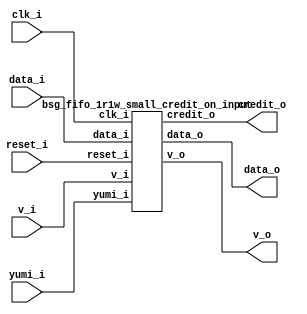


module top
(
  clk_i,
  reset_i,
  data_i,
  v_i,
  credit_o,
  v_o,
  data_o,
  yumi_i
);

  input [15:0] data_i;
  output [15:0] data_o;
  input clk_i;
  input reset_i;
  input v_i;
  input yumi_i;
  output credit_o;
  output v_o;

  bsg_fifo_1r1w_small_credit_on_input
  wrapper
  (
    .data_i(data_i),
    .data_o(data_o),
    .clk_i(clk_i),
    .reset_i(reset_i),
    .v_i(v_i),
    .yumi_i(yumi_i),
    .credit_o(credit_o),
    .v_o(v_o)
  );


endmodule



module bsg_circular_ptr_slots_p5_max_add_p1
(
  clk,
  reset_i,
  add_i,
  o,
  n_o
);

  input [0:0] add_i;
  output [2:0] o;
  output [2:0] n_o;
  input clk;
  input reset_i;
  wire [2:0] o,n_o,ptr_nowrap;
  wire N0,N1,N2,N3,N4,N5,N6;
  wire [3:0] ptr_wrap;
  reg o_2_sv2v_reg,o_1_sv2v_reg,o_0_sv2v_reg;
  assign o[2] = o_2_sv2v_reg;
  assign o[1] = o_1_sv2v_reg;
  assign o[0] = o_0_sv2v_reg;
  assign ptr_nowrap = o + add_i[0];
  assign { N5, N4, N3, N2 } = o - { 1'b1, 1'b0, 1'b1 };
  assign ptr_wrap = { N5, N4, N3, N2 } + add_i[0];
  assign n_o = (N0)? ptr_wrap[2:0] : 
               (N1)? ptr_nowrap : 1'b0;
  assign N0 = N6;
  assign N1 = ptr_wrap[3];
  assign N6 = ~ptr_wrap[3];

  always @(posedge clk) begin
    if(reset_i) begin
      o_2_sv2v_reg <= 1'b0;
      o_1_sv2v_reg <= 1'b0;
      o_0_sv2v_reg <= 1'b0;
    end else if(1'b1) begin
      o_2_sv2v_reg <= n_o[2];
      o_1_sv2v_reg <= n_o[1];
      o_0_sv2v_reg <= n_o[0];
    end 
  end


endmodule



module bsg_fifo_tracker_els_p5
(
  clk_i,
  reset_i,
  enq_i,
  deq_i,
  wptr_r_o,
  rptr_r_o,
  rptr_n_o,
  full_o,
  empty_o
);

  output [2:0] wptr_r_o;
  output [2:0] rptr_r_o;
  output [2:0] rptr_n_o;
  input clk_i;
  input reset_i;
  input enq_i;
  input deq_i;
  output full_o;
  output empty_o;
  wire [2:0] wptr_r_o,rptr_r_o,rptr_n_o;
  wire full_o,empty_o,enq_r,deq_r,N0,equal_ptrs,sv2v_dc_1,sv2v_dc_2,sv2v_dc_3;
  reg deq_r_sv2v_reg,enq_r_sv2v_reg;
  assign deq_r = deq_r_sv2v_reg;
  assign enq_r = enq_r_sv2v_reg;

  bsg_circular_ptr_slots_p5_max_add_p1
  rptr
  (
    .clk(clk_i),
    .reset_i(reset_i),
    .add_i(deq_i),
    .o(rptr_r_o),
    .n_o(rptr_n_o)
  );


  bsg_circular_ptr_slots_p5_max_add_p1
  wptr
  (
    .clk(clk_i),
    .reset_i(reset_i),
    .add_i(enq_i),
    .o(wptr_r_o),
    .n_o({ sv2v_dc_1, sv2v_dc_2, sv2v_dc_3 })
  );

  assign equal_ptrs = rptr_r_o == wptr_r_o;
  assign N0 = enq_i | deq_i;
  assign empty_o = equal_ptrs & deq_r;
  assign full_o = equal_ptrs & enq_r;

  always @(posedge clk_i) begin
    if(reset_i) begin
      deq_r_sv2v_reg <= 1'b1;
      enq_r_sv2v_reg <= 1'b0;
    end else if(N0) begin
      deq_r_sv2v_reg <= deq_i;
      enq_r_sv2v_reg <= enq_i;
    end 
  end


endmodule



module bsg_mem_1r1w_synth_width_p16_els_p5_read_write_same_addr_p0
(
  w_clk_i,
  w_reset_i,
  w_v_i,
  w_addr_i,
  w_data_i,
  r_v_i,
  r_addr_i,
  r_data_o
);

  input [2:0] w_addr_i;
  input [15:0] w_data_i;
  input [2:0] r_addr_i;
  output [15:0] r_data_o;
  input w_clk_i;
  input w_reset_i;
  input w_v_i;
  input r_v_i;
  wire [15:0] r_data_o;
  wire N0,N1,N2,N3,N4,N5,N6,N7,N8,N9,N10,N11,N12,N13,N14,N15,N16,N17,N18,N19,N20,N21,
  N22,N23,N24,N25,N26,N27,N28,N29,N30,N31,N32,N33,N34,N35,N36,N37,N38;
  wire [79:0] \nz.mem ;
  reg \nz.mem_79_sv2v_reg ,\nz.mem_78_sv2v_reg ,\nz.mem_77_sv2v_reg ,
  \nz.mem_76_sv2v_reg ,\nz.mem_75_sv2v_reg ,\nz.mem_74_sv2v_reg ,\nz.mem_73_sv2v_reg ,
  \nz.mem_72_sv2v_reg ,\nz.mem_71_sv2v_reg ,\nz.mem_70_sv2v_reg ,\nz.mem_69_sv2v_reg ,
  \nz.mem_68_sv2v_reg ,\nz.mem_67_sv2v_reg ,\nz.mem_66_sv2v_reg ,\nz.mem_65_sv2v_reg ,
  \nz.mem_64_sv2v_reg ,\nz.mem_63_sv2v_reg ,\nz.mem_62_sv2v_reg ,\nz.mem_61_sv2v_reg ,
  \nz.mem_60_sv2v_reg ,\nz.mem_59_sv2v_reg ,\nz.mem_58_sv2v_reg ,
  \nz.mem_57_sv2v_reg ,\nz.mem_56_sv2v_reg ,\nz.mem_55_sv2v_reg ,\nz.mem_54_sv2v_reg ,
  \nz.mem_53_sv2v_reg ,\nz.mem_52_sv2v_reg ,\nz.mem_51_sv2v_reg ,\nz.mem_50_sv2v_reg ,
  \nz.mem_49_sv2v_reg ,\nz.mem_48_sv2v_reg ,\nz.mem_47_sv2v_reg ,\nz.mem_46_sv2v_reg ,
  \nz.mem_45_sv2v_reg ,\nz.mem_44_sv2v_reg ,\nz.mem_43_sv2v_reg ,\nz.mem_42_sv2v_reg ,
  \nz.mem_41_sv2v_reg ,\nz.mem_40_sv2v_reg ,\nz.mem_39_sv2v_reg ,
  \nz.mem_38_sv2v_reg ,\nz.mem_37_sv2v_reg ,\nz.mem_36_sv2v_reg ,\nz.mem_35_sv2v_reg ,
  \nz.mem_34_sv2v_reg ,\nz.mem_33_sv2v_reg ,\nz.mem_32_sv2v_reg ,\nz.mem_31_sv2v_reg ,
  \nz.mem_30_sv2v_reg ,\nz.mem_29_sv2v_reg ,\nz.mem_28_sv2v_reg ,\nz.mem_27_sv2v_reg ,
  \nz.mem_26_sv2v_reg ,\nz.mem_25_sv2v_reg ,\nz.mem_24_sv2v_reg ,\nz.mem_23_sv2v_reg ,
  \nz.mem_22_sv2v_reg ,\nz.mem_21_sv2v_reg ,\nz.mem_20_sv2v_reg ,
  \nz.mem_19_sv2v_reg ,\nz.mem_18_sv2v_reg ,\nz.mem_17_sv2v_reg ,\nz.mem_16_sv2v_reg ,
  \nz.mem_15_sv2v_reg ,\nz.mem_14_sv2v_reg ,\nz.mem_13_sv2v_reg ,\nz.mem_12_sv2v_reg ,
  \nz.mem_11_sv2v_reg ,\nz.mem_10_sv2v_reg ,\nz.mem_9_sv2v_reg ,\nz.mem_8_sv2v_reg ,
  \nz.mem_7_sv2v_reg ,\nz.mem_6_sv2v_reg ,\nz.mem_5_sv2v_reg ,\nz.mem_4_sv2v_reg ,
  \nz.mem_3_sv2v_reg ,\nz.mem_2_sv2v_reg ,\nz.mem_1_sv2v_reg ,\nz.mem_0_sv2v_reg ;
  assign \nz.mem [79] = \nz.mem_79_sv2v_reg ;
  assign \nz.mem [78] = \nz.mem_78_sv2v_reg ;
  assign \nz.mem [77] = \nz.mem_77_sv2v_reg ;
  assign \nz.mem [76] = \nz.mem_76_sv2v_reg ;
  assign \nz.mem [75] = \nz.mem_75_sv2v_reg ;
  assign \nz.mem [74] = \nz.mem_74_sv2v_reg ;
  assign \nz.mem [73] = \nz.mem_73_sv2v_reg ;
  assign \nz.mem [72] = \nz.mem_72_sv2v_reg ;
  assign \nz.mem [71] = \nz.mem_71_sv2v_reg ;
  assign \nz.mem [70] = \nz.mem_70_sv2v_reg ;
  assign \nz.mem [69] = \nz.mem_69_sv2v_reg ;
  assign \nz.mem [68] = \nz.mem_68_sv2v_reg ;
  assign \nz.mem [67] = \nz.mem_67_sv2v_reg ;
  assign \nz.mem [66] = \nz.mem_66_sv2v_reg ;
  assign \nz.mem [65] = \nz.mem_65_sv2v_reg ;
  assign \nz.mem [64] = \nz.mem_64_sv2v_reg ;
  assign \nz.mem [63] = \nz.mem_63_sv2v_reg ;
  assign \nz.mem [62] = \nz.mem_62_sv2v_reg ;
  assign \nz.mem [61] = \nz.mem_61_sv2v_reg ;
  assign \nz.mem [60] = \nz.mem_60_sv2v_reg ;
  assign \nz.mem [59] = \nz.mem_59_sv2v_reg ;
  assign \nz.mem [58] = \nz.mem_58_sv2v_reg ;
  assign \nz.mem [57] = \nz.mem_57_sv2v_reg ;
  assign \nz.mem [56] = \nz.mem_56_sv2v_reg ;
  assign \nz.mem [55] = \nz.mem_55_sv2v_reg ;
  assign \nz.mem [54] = \nz.mem_54_sv2v_reg ;
  assign \nz.mem [53] = \nz.mem_53_sv2v_reg ;
  assign \nz.mem [52] = \nz.mem_52_sv2v_reg ;
  assign \nz.mem [51] = \nz.mem_51_sv2v_reg ;
  assign \nz.mem [50] = \nz.mem_50_sv2v_reg ;
  assign \nz.mem [49] = \nz.mem_49_sv2v_reg ;
  assign \nz.mem [48] = \nz.mem_48_sv2v_reg ;
  assign \nz.mem [47] = \nz.mem_47_sv2v_reg ;
  assign \nz.mem [46] = \nz.mem_46_sv2v_reg ;
  assign \nz.mem [45] = \nz.mem_45_sv2v_reg ;
  assign \nz.mem [44] = \nz.mem_44_sv2v_reg ;
  assign \nz.mem [43] = \nz.mem_43_sv2v_reg ;
  assign \nz.mem [42] = \nz.mem_42_sv2v_reg ;
  assign \nz.mem [41] = \nz.mem_41_sv2v_reg ;
  assign \nz.mem [40] = \nz.mem_40_sv2v_reg ;
  assign \nz.mem [39] = \nz.mem_39_sv2v_reg ;
  assign \nz.mem [38] = \nz.mem_38_sv2v_reg ;
  assign \nz.mem [37] = \nz.mem_37_sv2v_reg ;
  assign \nz.mem [36] = \nz.mem_36_sv2v_reg ;
  assign \nz.mem [35] = \nz.mem_35_sv2v_reg ;
  assign \nz.mem [34] = \nz.mem_34_sv2v_reg ;
  assign \nz.mem [33] = \nz.mem_33_sv2v_reg ;
  assign \nz.mem [32] = \nz.mem_32_sv2v_reg ;
  assign \nz.mem [31] = \nz.mem_31_sv2v_reg ;
  assign \nz.mem [30] = \nz.mem_30_sv2v_reg ;
  assign \nz.mem [29] = \nz.mem_29_sv2v_reg ;
  assign \nz.mem [28] = \nz.mem_28_sv2v_reg ;
  assign \nz.mem [27] = \nz.mem_27_sv2v_reg ;
  assign \nz.mem [26] = \nz.mem_26_sv2v_reg ;
  assign \nz.mem [25] = \nz.mem_25_sv2v_reg ;
  assign \nz.mem [24] = \nz.mem_24_sv2v_reg ;
  assign \nz.mem [23] = \nz.mem_23_sv2v_reg ;
  assign \nz.mem [22] = \nz.mem_22_sv2v_reg ;
  assign \nz.mem [21] = \nz.mem_21_sv2v_reg ;
  assign \nz.mem [20] = \nz.mem_20_sv2v_reg ;
  assign \nz.mem [19] = \nz.mem_19_sv2v_reg ;
  assign \nz.mem [18] = \nz.mem_18_sv2v_reg ;
  assign \nz.mem [17] = \nz.mem_17_sv2v_reg ;
  assign \nz.mem [16] = \nz.mem_16_sv2v_reg ;
  assign \nz.mem [15] = \nz.mem_15_sv2v_reg ;
  assign \nz.mem [14] = \nz.mem_14_sv2v_reg ;
  assign \nz.mem [13] = \nz.mem_13_sv2v_reg ;
  assign \nz.mem [12] = \nz.mem_12_sv2v_reg ;
  assign \nz.mem [11] = \nz.mem_11_sv2v_reg ;
  assign \nz.mem [10] = \nz.mem_10_sv2v_reg ;
  assign \nz.mem [9] = \nz.mem_9_sv2v_reg ;
  assign \nz.mem [8] = \nz.mem_8_sv2v_reg ;
  assign \nz.mem [7] = \nz.mem_7_sv2v_reg ;
  assign \nz.mem [6] = \nz.mem_6_sv2v_reg ;
  assign \nz.mem [5] = \nz.mem_5_sv2v_reg ;
  assign \nz.mem [4] = \nz.mem_4_sv2v_reg ;
  assign \nz.mem [3] = \nz.mem_3_sv2v_reg ;
  assign \nz.mem [2] = \nz.mem_2_sv2v_reg ;
  assign \nz.mem [1] = \nz.mem_1_sv2v_reg ;
  assign \nz.mem [0] = \nz.mem_0_sv2v_reg ;
  assign N35 = N0 & N1;
  assign N0 = ~w_addr_i[0];
  assign N1 = ~w_addr_i[1];
  assign N29 = N35 & w_addr_i[2];
  assign N36 = w_addr_i[0] & w_addr_i[1];
  assign N28 = N36 & N2;
  assign N2 = ~w_addr_i[2];
  assign N37 = N3 & w_addr_i[1];
  assign N3 = ~w_addr_i[0];
  assign N27 = N37 & N4;
  assign N4 = ~w_addr_i[2];
  assign N38 = w_addr_i[0] & N5;
  assign N5 = ~w_addr_i[1];
  assign N26 = N38 & N6;
  assign N6 = ~w_addr_i[2];
  assign N25 = N35 & N7;
  assign N7 = ~w_addr_i[2];
  assign N20 = N8 & N9 & N10;
  assign N8 = ~r_addr_i[2];
  assign N9 = ~r_addr_i[0];
  assign N10 = ~r_addr_i[1];
  assign N21 = r_addr_i[0] & N11;
  assign N11 = ~r_addr_i[1];
  assign N22 = N12 & r_addr_i[1];
  assign N12 = ~r_addr_i[0];
  assign N23 = r_addr_i[0] & r_addr_i[1];
  assign { N34, N33, N32, N31, N30 } = (N13)? { N29, N28, N27, N26, N25 } : 
                                       (N14)? { 1'b0, 1'b0, 1'b0, 1'b0, 1'b0 } : 1'b0;
  assign N13 = w_v_i;
  assign N14 = N24;
  assign r_data_o[15] = (N15)? \nz.mem [15] : 
                        (N16)? \nz.mem [31] : 
                        (N17)? \nz.mem [47] : 
                        (N18)? \nz.mem [63] : 
                        (N19)? \nz.mem [79] : 1'b0;
  assign N15 = N20;
  assign N16 = N21;
  assign N17 = N22;
  assign N18 = N23;
  assign N19 = r_addr_i[2];
  assign r_data_o[14] = (N15)? \nz.mem [14] : 
                        (N16)? \nz.mem [30] : 
                        (N17)? \nz.mem [46] : 
                        (N18)? \nz.mem [62] : 
                        (N19)? \nz.mem [78] : 1'b0;
  assign r_data_o[13] = (N15)? \nz.mem [13] : 
                        (N16)? \nz.mem [29] : 
                        (N17)? \nz.mem [45] : 
                        (N18)? \nz.mem [61] : 
                        (N19)? \nz.mem [77] : 1'b0;
  assign r_data_o[12] = (N15)? \nz.mem [12] : 
                        (N16)? \nz.mem [28] : 
                        (N17)? \nz.mem [44] : 
                        (N18)? \nz.mem [60] : 
                        (N19)? \nz.mem [76] : 1'b0;
  assign r_data_o[11] = (N15)? \nz.mem [11] : 
                        (N16)? \nz.mem [27] : 
                        (N17)? \nz.mem [43] : 
                        (N18)? \nz.mem [59] : 
                        (N19)? \nz.mem [75] : 1'b0;
  assign r_data_o[10] = (N15)? \nz.mem [10] : 
                        (N16)? \nz.mem [26] : 
                        (N17)? \nz.mem [42] : 
                        (N18)? \nz.mem [58] : 
                        (N19)? \nz.mem [74] : 1'b0;
  assign r_data_o[9] = (N15)? \nz.mem [9] : 
                       (N16)? \nz.mem [25] : 
                       (N17)? \nz.mem [41] : 
                       (N18)? \nz.mem [57] : 
                       (N19)? \nz.mem [73] : 1'b0;
  assign r_data_o[8] = (N15)? \nz.mem [8] : 
                       (N16)? \nz.mem [24] : 
                       (N17)? \nz.mem [40] : 
                       (N18)? \nz.mem [56] : 
                       (N19)? \nz.mem [72] : 1'b0;
  assign r_data_o[7] = (N15)? \nz.mem [7] : 
                       (N16)? \nz.mem [23] : 
                       (N17)? \nz.mem [39] : 
                       (N18)? \nz.mem [55] : 
                       (N19)? \nz.mem [71] : 1'b0;
  assign r_data_o[6] = (N15)? \nz.mem [6] : 
                       (N16)? \nz.mem [22] : 
                       (N17)? \nz.mem [38] : 
                       (N18)? \nz.mem [54] : 
                       (N19)? \nz.mem [70] : 1'b0;
  assign r_data_o[5] = (N15)? \nz.mem [5] : 
                       (N16)? \nz.mem [21] : 
                       (N17)? \nz.mem [37] : 
                       (N18)? \nz.mem [53] : 
                       (N19)? \nz.mem [69] : 1'b0;
  assign r_data_o[4] = (N15)? \nz.mem [4] : 
                       (N16)? \nz.mem [20] : 
                       (N17)? \nz.mem [36] : 
                       (N18)? \nz.mem [52] : 
                       (N19)? \nz.mem [68] : 1'b0;
  assign r_data_o[3] = (N15)? \nz.mem [3] : 
                       (N16)? \nz.mem [19] : 
                       (N17)? \nz.mem [35] : 
                       (N18)? \nz.mem [51] : 
                       (N19)? \nz.mem [67] : 1'b0;
  assign r_data_o[2] = (N15)? \nz.mem [2] : 
                       (N16)? \nz.mem [18] : 
                       (N17)? \nz.mem [34] : 
                       (N18)? \nz.mem [50] : 
                       (N19)? \nz.mem [66] : 1'b0;
  assign r_data_o[1] = (N15)? \nz.mem [1] : 
                       (N16)? \nz.mem [17] : 
                       (N17)? \nz.mem [33] : 
                       (N18)? \nz.mem [49] : 
                       (N19)? \nz.mem [65] : 1'b0;
  assign r_data_o[0] = (N15)? \nz.mem [0] : 
                       (N16)? \nz.mem [16] : 
                       (N17)? \nz.mem [32] : 
                       (N18)? \nz.mem [48] : 
                       (N19)? \nz.mem [64] : 1'b0;
  assign N24 = ~w_v_i;

  always @(posedge w_clk_i) begin
    if(N34) begin
      \nz.mem_79_sv2v_reg  <= w_data_i[15];
      \nz.mem_78_sv2v_reg  <= w_data_i[14];
      \nz.mem_77_sv2v_reg  <= w_data_i[13];
      \nz.mem_76_sv2v_reg  <= w_data_i[12];
      \nz.mem_75_sv2v_reg  <= w_data_i[11];
      \nz.mem_74_sv2v_reg  <= w_data_i[10];
      \nz.mem_73_sv2v_reg  <= w_data_i[9];
      \nz.mem_72_sv2v_reg  <= w_data_i[8];
      \nz.mem_71_sv2v_reg  <= w_data_i[7];
      \nz.mem_70_sv2v_reg  <= w_data_i[6];
      \nz.mem_69_sv2v_reg  <= w_data_i[5];
      \nz.mem_68_sv2v_reg  <= w_data_i[4];
      \nz.mem_67_sv2v_reg  <= w_data_i[3];
      \nz.mem_66_sv2v_reg  <= w_data_i[2];
      \nz.mem_65_sv2v_reg  <= w_data_i[1];
      \nz.mem_64_sv2v_reg  <= w_data_i[0];
    end 
    if(N33) begin
      \nz.mem_63_sv2v_reg  <= w_data_i[15];
      \nz.mem_62_sv2v_reg  <= w_data_i[14];
      \nz.mem_61_sv2v_reg  <= w_data_i[13];
      \nz.mem_60_sv2v_reg  <= w_data_i[12];
      \nz.mem_59_sv2v_reg  <= w_data_i[11];
      \nz.mem_58_sv2v_reg  <= w_data_i[10];
      \nz.mem_57_sv2v_reg  <= w_data_i[9];
      \nz.mem_56_sv2v_reg  <= w_data_i[8];
      \nz.mem_55_sv2v_reg  <= w_data_i[7];
      \nz.mem_54_sv2v_reg  <= w_data_i[6];
      \nz.mem_53_sv2v_reg  <= w_data_i[5];
      \nz.mem_52_sv2v_reg  <= w_data_i[4];
      \nz.mem_51_sv2v_reg  <= w_data_i[3];
      \nz.mem_50_sv2v_reg  <= w_data_i[2];
      \nz.mem_49_sv2v_reg  <= w_data_i[1];
      \nz.mem_48_sv2v_reg  <= w_data_i[0];
    end 
    if(N32) begin
      \nz.mem_47_sv2v_reg  <= w_data_i[15];
      \nz.mem_46_sv2v_reg  <= w_data_i[14];
      \nz.mem_45_sv2v_reg  <= w_data_i[13];
      \nz.mem_44_sv2v_reg  <= w_data_i[12];
      \nz.mem_43_sv2v_reg  <= w_data_i[11];
      \nz.mem_42_sv2v_reg  <= w_data_i[10];
      \nz.mem_41_sv2v_reg  <= w_data_i[9];
      \nz.mem_40_sv2v_reg  <= w_data_i[8];
      \nz.mem_39_sv2v_reg  <= w_data_i[7];
      \nz.mem_38_sv2v_reg  <= w_data_i[6];
      \nz.mem_37_sv2v_reg  <= w_data_i[5];
      \nz.mem_36_sv2v_reg  <= w_data_i[4];
      \nz.mem_35_sv2v_reg  <= w_data_i[3];
      \nz.mem_34_sv2v_reg  <= w_data_i[2];
      \nz.mem_33_sv2v_reg  <= w_data_i[1];
      \nz.mem_32_sv2v_reg  <= w_data_i[0];
    end 
    if(N31) begin
      \nz.mem_31_sv2v_reg  <= w_data_i[15];
      \nz.mem_30_sv2v_reg  <= w_data_i[14];
      \nz.mem_29_sv2v_reg  <= w_data_i[13];
      \nz.mem_28_sv2v_reg  <= w_data_i[12];
      \nz.mem_27_sv2v_reg  <= w_data_i[11];
      \nz.mem_26_sv2v_reg  <= w_data_i[10];
      \nz.mem_25_sv2v_reg  <= w_data_i[9];
      \nz.mem_24_sv2v_reg  <= w_data_i[8];
      \nz.mem_23_sv2v_reg  <= w_data_i[7];
      \nz.mem_22_sv2v_reg  <= w_data_i[6];
      \nz.mem_21_sv2v_reg  <= w_data_i[5];
      \nz.mem_20_sv2v_reg  <= w_data_i[4];
      \nz.mem_19_sv2v_reg  <= w_data_i[3];
      \nz.mem_18_sv2v_reg  <= w_data_i[2];
      \nz.mem_17_sv2v_reg  <= w_data_i[1];
      \nz.mem_16_sv2v_reg  <= w_data_i[0];
    end 
    if(N30) begin
      \nz.mem_15_sv2v_reg  <= w_data_i[15];
      \nz.mem_14_sv2v_reg  <= w_data_i[14];
      \nz.mem_13_sv2v_reg  <= w_data_i[13];
      \nz.mem_12_sv2v_reg  <= w_data_i[12];
      \nz.mem_11_sv2v_reg  <= w_data_i[11];
      \nz.mem_10_sv2v_reg  <= w_data_i[10];
      \nz.mem_9_sv2v_reg  <= w_data_i[9];
      \nz.mem_8_sv2v_reg  <= w_data_i[8];
      \nz.mem_7_sv2v_reg  <= w_data_i[7];
      \nz.mem_6_sv2v_reg  <= w_data_i[6];
      \nz.mem_5_sv2v_reg  <= w_data_i[5];
      \nz.mem_4_sv2v_reg  <= w_data_i[4];
      \nz.mem_3_sv2v_reg  <= w_data_i[3];
      \nz.mem_2_sv2v_reg  <= w_data_i[2];
      \nz.mem_1_sv2v_reg  <= w_data_i[1];
      \nz.mem_0_sv2v_reg  <= w_data_i[0];
    end 
  end


endmodule



module bsg_mem_1r1w_width_p16_els_p5_read_write_same_addr_p0
(
  w_clk_i,
  w_reset_i,
  w_v_i,
  w_addr_i,
  w_data_i,
  r_v_i,
  r_addr_i,
  r_data_o
);

  input [2:0] w_addr_i;
  input [15:0] w_data_i;
  input [2:0] r_addr_i;
  output [15:0] r_data_o;
  input w_clk_i;
  input w_reset_i;
  input w_v_i;
  input r_v_i;
  wire [15:0] r_data_o;

  bsg_mem_1r1w_synth_width_p16_els_p5_read_write_same_addr_p0
  synth
  (
    .w_clk_i(w_clk_i),
    .w_reset_i(w_reset_i),
    .w_v_i(w_v_i),
    .w_addr_i(w_addr_i),
    .w_data_i(w_data_i),
    .r_v_i(r_v_i),
    .r_addr_i(r_addr_i),
    .r_data_o(r_data_o)
  );


endmodule



module bsg_fifo_1r1w_small_unhardened_width_p16_els_p5_ready_THEN_valid_p1
(
  clk_i,
  reset_i,
  v_i,
  ready_o,
  data_i,
  v_o,
  data_o,
  yumi_i
);

  input [15:0] data_i;
  output [15:0] data_o;
  input clk_i;
  input reset_i;
  input v_i;
  input yumi_i;
  output ready_o;
  output v_o;
  wire [15:0] data_o;
  wire ready_o,v_o,full,empty,sv2v_dc_1,sv2v_dc_2,sv2v_dc_3;
  wire [2:0] wptr_r,rptr_r;

  bsg_fifo_tracker_els_p5
  ft
  (
    .clk_i(clk_i),
    .reset_i(reset_i),
    .enq_i(v_i),
    .deq_i(yumi_i),
    .wptr_r_o(wptr_r),
    .rptr_r_o(rptr_r),
    .rptr_n_o({ sv2v_dc_1, sv2v_dc_2, sv2v_dc_3 }),
    .full_o(full),
    .empty_o(empty)
  );


  bsg_mem_1r1w_width_p16_els_p5_read_write_same_addr_p0
  mem_1r1w
  (
    .w_clk_i(clk_i),
    .w_reset_i(reset_i),
    .w_v_i(v_i),
    .w_addr_i(wptr_r),
    .w_data_i(data_i),
    .r_v_i(v_o),
    .r_addr_i(rptr_r),
    .r_data_o(data_o)
  );

  assign ready_o = ~full;
  assign v_o = ~empty;

endmodule



module bsg_fifo_1r1w_small_width_p16_els_p5_harden_p0_ready_THEN_valid_p1
(
  clk_i,
  reset_i,
  v_i,
  ready_o,
  data_i,
  v_o,
  data_o,
  yumi_i
);

  input [15:0] data_i;
  output [15:0] data_o;
  input clk_i;
  input reset_i;
  input v_i;
  input yumi_i;
  output ready_o;
  output v_o;
  wire [15:0] data_o;
  wire ready_o,v_o;

  bsg_fifo_1r1w_small_unhardened_width_p16_els_p5_ready_THEN_valid_p1
  \unhardened.un.fifo 
  (
    .clk_i(clk_i),
    .reset_i(reset_i),
    .v_i(v_i),
    .ready_o(ready_o),
    .data_i(data_i),
    .v_o(v_o),
    .data_o(data_o),
    .yumi_i(yumi_i)
  );


endmodule



module bsg_fifo_1r1w_small_credit_on_input
(
  clk_i,
  reset_i,
  data_i,
  v_i,
  credit_o,
  v_o,
  data_o,
  yumi_i
);

  input [15:0] data_i;
  output [15:0] data_o;
  input clk_i;
  input reset_i;
  input v_i;
  input yumi_i;
  output credit_o;
  output v_o;
  wire [15:0] data_o;
  wire credit_o,v_o,ready;
  reg credit_o_sv2v_reg;
  assign credit_o = credit_o_sv2v_reg;

  bsg_fifo_1r1w_small_width_p16_els_p5_harden_p0_ready_THEN_valid_p1
  fifo
  (
    .clk_i(clk_i),
    .reset_i(reset_i),
    .v_i(v_i),
    .ready_o(ready),
    .data_i(data_i),
    .v_o(v_o),
    .data_o(data_o),
    .yumi_i(yumi_i)
  );


  always @(posedge clk_i) begin
    if(reset_i) begin
      credit_o_sv2v_reg <= 1'b0;
    end else if(1'b1) begin
      credit_o_sv2v_reg <= yumi_i;
    end 
  end


endmodule